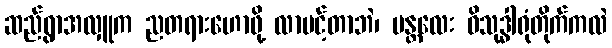
ဆည်ရွာအလှူက ညတရားဟောဖို့ လာပင့်တာဘဲ၊ မန္တလေး ဝိသုဒ္ဓါရုံတိုက်ကလဲ